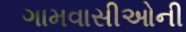
ગામવાસીઓની